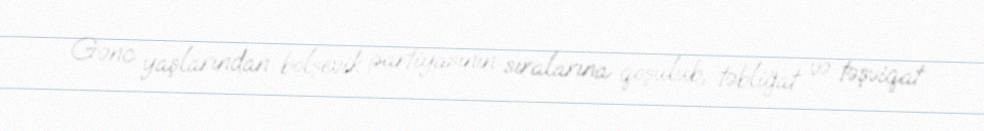
Gənc yaşlarından bolşevik partiyasının sıralarına qoşulub, təbliğat və təşviqat